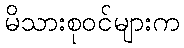
မိသားစုဝင်များက